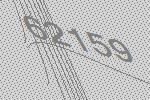
62159